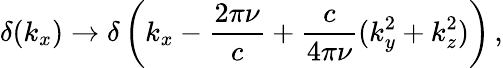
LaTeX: \delta(k_{x})\to\delta\left(k_{x}-\frac{2\pi\nu}{c}+\frac{c}{4\pi\nu}(k_{y}^{2}+k_{z}^{2})\right)\, ,